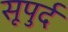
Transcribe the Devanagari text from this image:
सूपुर्द